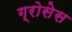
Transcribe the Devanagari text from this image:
ग्रोसेस